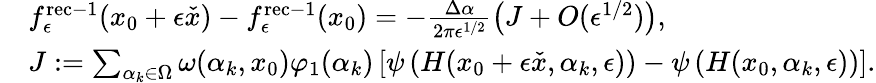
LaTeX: \begin{array}{rl}&{f_{\epsilon}^{\mathrm{rec-1}}(x_{0}+\epsilon\check{x})-f_{\epsilon}^{\mathrm{rec-1}}(x_{0})=-\frac{\Delta\alpha}{2\pi\epsilon^{1/2}}\bigl(J+O(\epsilon^{1/2})\bigr),}\\ &{J:=\sum_{\alpha_{k}\in\Omega}\omega(\alpha_{k},x_{0})\varphi_{1}(\alpha_{k})\left[\psi\left(H(x_{0}+\epsilon\check{x},\alpha_{k},\epsilon)\right)-\psi\left(H(x_{0},\alpha_{k},\epsilon)\right)\right].}\end{array}